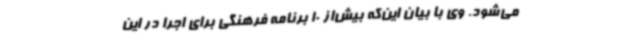
می‌شود. وی با بیان این‌که بیش‌از 10 برنامه فرهنگی برای اجرا در این